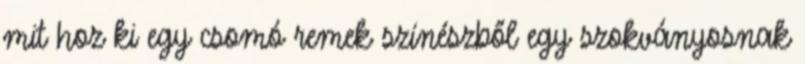
mit hoz ki egy csomó remek színészből egy szokványosnak